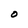
Character: O